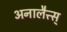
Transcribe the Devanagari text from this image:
अनालैत्त्स्